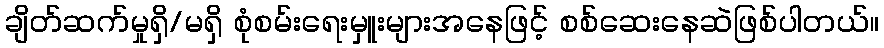
ချိတ်ဆက်မှုရှိ/မရှိ စုံစမ်းရေးမှူးများအနေဖြင့် စစ်ဆေးနေဆဲဖြစ်ပါတယ်။